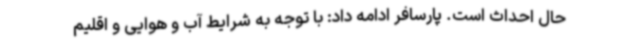
حال احداث است. پارسافر ادامه داد: با توجه به شرایط آب و هوایی و اقلیم